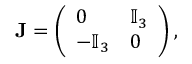
\mathbf { J } = \left( \begin{array} { l l } { 0 } & { \mathbb { I } _ { 3 } } \\ { - \mathbb { I } _ { 3 } } & { 0 } \end{array} \right) ,